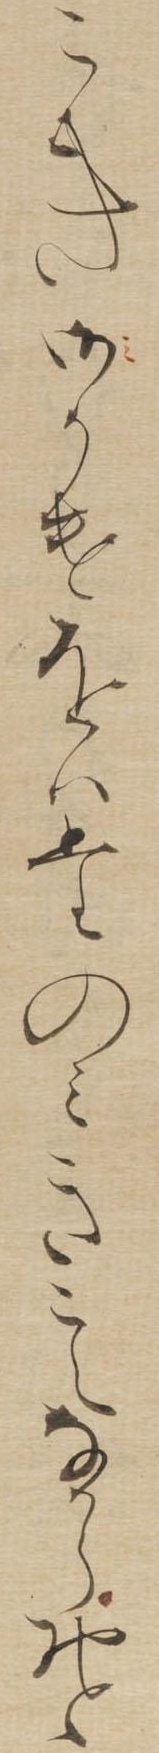
こき御かけをはたのみきこえなからおと